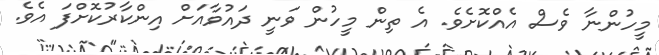
މީހުންނާ ވެސް އެއްކޮށެވެ. އެ ތިން މީހުން ވަނީ ދައުވާއަށް އިންކާރުކޮށްފަ އެވެ.